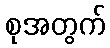
စုအတွက်